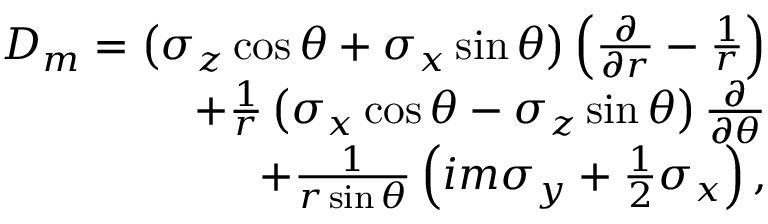
\begin{array} { r } { D _ { m } = \left( \sigma _ { z } \cos \theta + \sigma _ { x } \sin \theta \right) \left( \frac { \partial } { \partial r } - \frac { 1 } { r } \right) } \\ { + \frac { 1 } { r } \left( \sigma _ { x } \cos \theta - \sigma _ { z } \sin \theta \right) \frac { \partial } { \partial \theta } } \\ { + \frac { 1 } { r \sin \theta } \left( i m \sigma _ { y } + \frac { 1 } { 2 } \sigma _ { x } \right) , } \end{array}